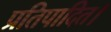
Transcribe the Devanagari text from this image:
प्रतिपादित।